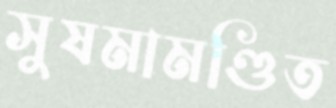
সুষমামণ্ডিত